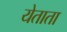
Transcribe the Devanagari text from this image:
येताता